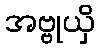
အဗ္ဗုယှိ